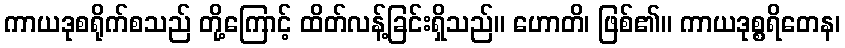
ကာယဒုစရိုက်စသည် တို့ကြောင့် ထိတ်လန့်ခြင်းရှိသည်။ ဟောတိ၊ ဖြစ်၏။ ကာယဒုစ္စရိတေန၊